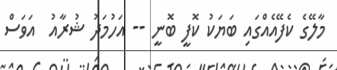
މާލޭގެ ކެފޭއެއްގައި ބަޔަކު ކޮފީ ބޮނީ -- އަހުމަދު ޝުރާއު  އަވަސް